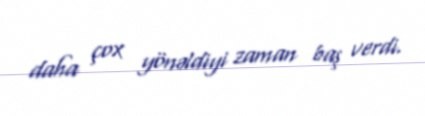
daha çox yönəldiyi zaman baş verdi.